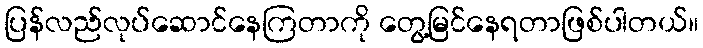
ပြန်လည်လုပ်ဆောင်နေကြတာကို တွေ့မြင်နေရတာဖြစ်ပါတယ်။